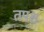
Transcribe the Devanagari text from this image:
तपश्च